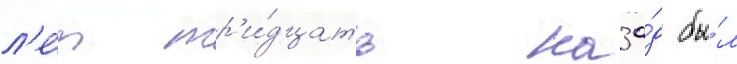
л'е́т тр'и́дцать наза́д бы́л